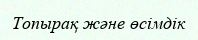
Топырақ және өсімдік